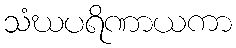
သံဃပရိဏာယကာ